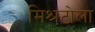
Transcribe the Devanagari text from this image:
मिश्रटोला